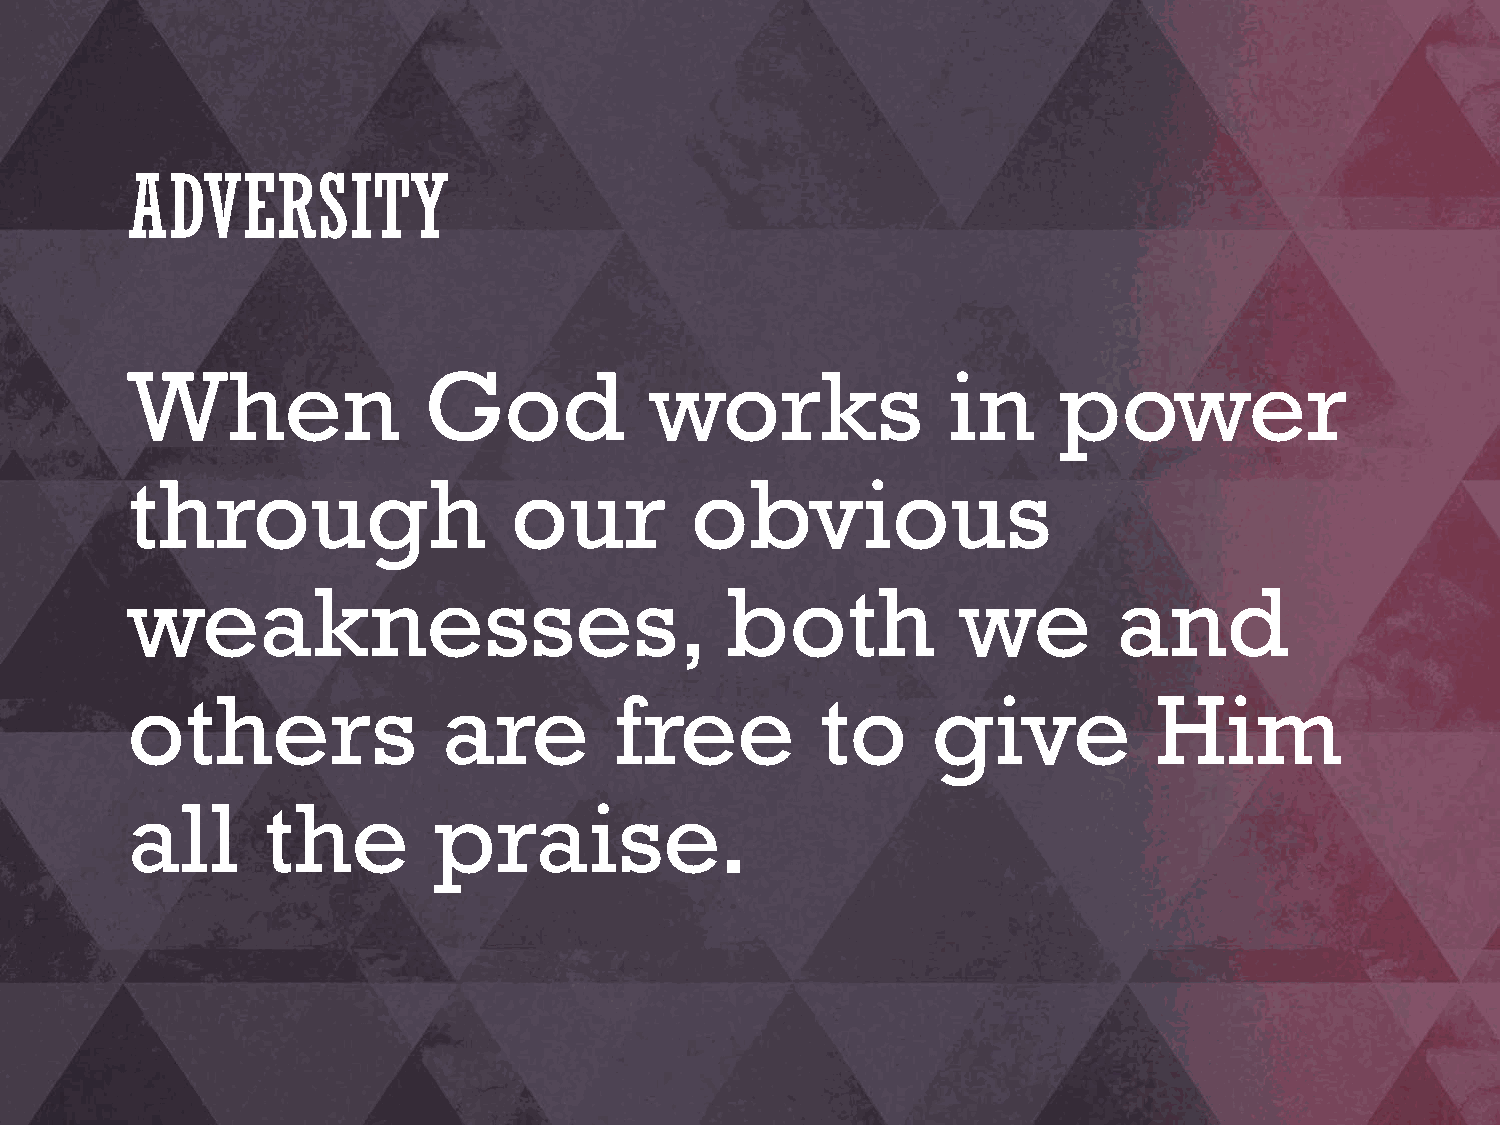
ADVERSITY
 When                God            works               in     power
 through                   our         obvious
 weaknesses,                             both            we        and
 others               are         free         to      give          Him
 all      the         praise.